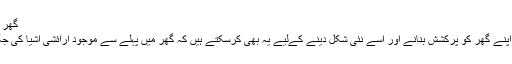
گھر کی سیٹنگ بدلنا
کبھی کبھی آپ اپنے گھر کو پرکشش بنانے اور اسے نئی شکل دینے کےلیے یہ بھی کرسکتے ہیں کہ گھر میں پہلے سے موجود آرائشی اشیا کی جگہ تبدیل کردیں۔